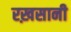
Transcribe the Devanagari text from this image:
रख़सानी